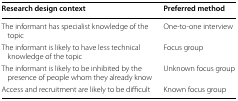
<table><thead><tr><td><b>Research design context</b></td><td><b>Preferred method</b></td></tr></thead><tbody><tr><td>The informant has specialist knowledge of the topic</td><td>One-to-one interview</td></tr><tr><td>The informant is likely to have less technical knowledge of the topic</td><td>Focus group</td></tr><tr><td>The informant is likely to be inhibited by the presence of people whom they already know</td><td>Unknown focus group</td></tr><tr><td>Access and recruitment are likely to be difficult</td><td>Known focus group</td></tr></tbody></table>